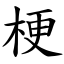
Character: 梗